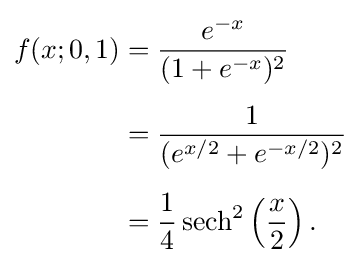
{\begin{aligned}f(x;0,1)&={\frac {e^{-x}}{(1+e^{-x})^{2}}}\\[4pt]&={\frac {1}{(e^{x/2}+e^{-x/2})^{2}}}\\[5pt]&={\frac {1}{4}}\operatorname {sech} ^{2}\left({\frac {x}{2}}\right).\end{aligned}}